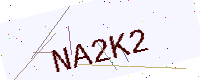
Text: NA2K2